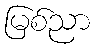
မြစ်ညာ